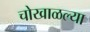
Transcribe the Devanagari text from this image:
चोखाळल्या